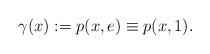
\begin{align*}\gamma(x):= p(x,e) \equiv p(x,1).\end{align*}